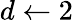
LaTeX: d\gets 2